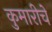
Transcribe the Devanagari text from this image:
कुमारीचे